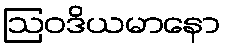
ဩဝဒိယမာနော